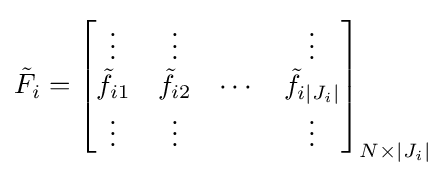
{\tilde {F}}_{i}={\begin{bmatrix}\vdots &\vdots &&\vdots \\{\tilde {f}}_{i1}&{\tilde {f}}_{i2}&\cdots &{\tilde {f}}_{i|J_{i}|}\\\vdots &\vdots &&\vdots \\\end{bmatrix}}_{N\times |J_{i}|}